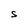
Character: S